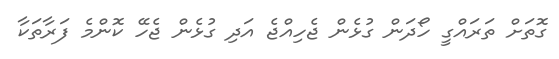
ގޮތަށް ތަރައްގީ ހޯދަން ގުޅެން ޖެހިއްޖެ އަދި ގުޅެން ޖެހޭ ކޮންމެ ފަރާތަކާ